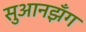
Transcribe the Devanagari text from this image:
सुआनझँग